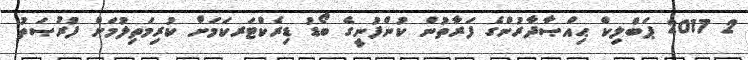
2 2017 ޕަބްލިކް ޙިއްޞާދާރުންގެ ފަރާތުން ކުންފުނީގެ ބޯޑު ޑިރެކްޓަރކަމަށް ކުރިމަތިލުމަށް ފުރުޞަތު